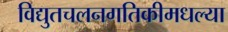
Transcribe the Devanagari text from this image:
विद्युतचलनगतिकीमधल्या